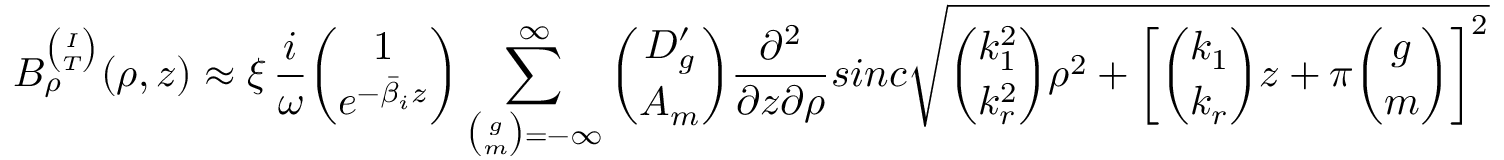
B _ { \rho } ^ { \binom { I } { T } } ( \rho , z ) \approx \xi \, \frac { i } { \omega } { \binom { 1 } { e ^ { - \bar { \beta } _ { i } z } } } \sum _ { { \binom { g } { m } } = - \infty } ^ { \infty } { \binom { D _ { g } ^ { \prime } } { A _ { m } } } \frac { \partial ^ { 2 } } { \partial z \partial \rho } s i n c \sqrt { { \binom { k _ { 1 } ^ { 2 } } { k _ { r } ^ { 2 } } } \rho ^ { 2 } + \left[ { \binom { k _ { 1 } } { k _ { r } } } z + \pi { \binom { g } { m } } \right] ^ { 2 } }